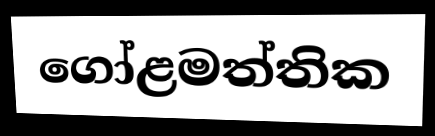
ගෝළමත්තික